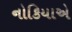
નોકિયાએ